Report of the Bombay Veterinary College
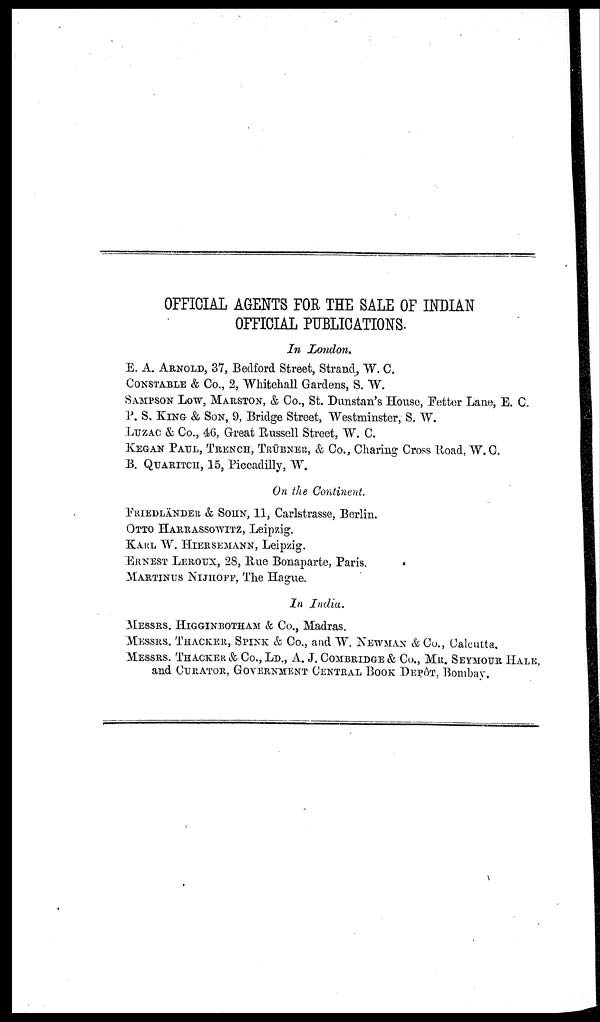
OFFICIAL AGENTS FOR THE SALE OF INDIAN
OFFICIAL PUBLICATIONS.
In London.
E. A. ARNOLD, 37, Bedford Street, Strand, W. C.
CONSTABLE & Co., 2, Whitehall Gardens, S. W.
SAMPSON LOW, MARSTON, & Co., St. Dunstan's House, Fetter Lane, E. C.
P. S. KING & SON, 9, Bridge Street, Westminster, S. W.
LUZAC & Co., 46, Great Russell Street, W. C.
KEGAN PAUL, TRENCH, TRÜBNER, & Co., Charing Cross Road, W. C.
B. QUARITCH, 15, Piccadilly, W.
On the Continent.
FRIEDLÄNDER & SOHN, 11, Carlstrasse, Berlin.
OTTO HARRASSOWITZ, Leipzig.
KARL W. HIERSEMANN, Leipzig.
ERNEST LEROUX, 28, Rue Bonaparte, Paris.
MARTINUS NIJHOFF, The Hague.
In India.
MESSRS. HIGGINBOTHAM & Co., Madras.
MESSRS. THACKER, SPINK & Co., and W. NEWMAN &CO., Calcutta.
MESSRS. THACKER & Co., LD., A. J. COMBRIDGE & Co., MR. SEYMOUR HALE,
and CURATOR, GOVERNMENT CENTRAL BOOK DEPÔT, Bombay.